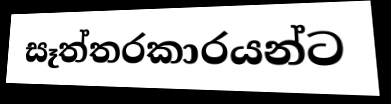
සෑත්තරකාරයන්ට